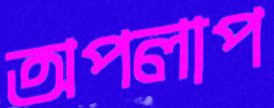
অপলাপ